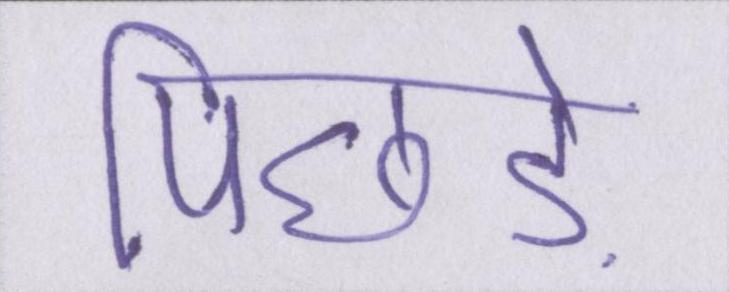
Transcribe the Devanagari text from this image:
पिछड़े